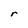
Character: r